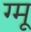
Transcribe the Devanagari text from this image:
ग्‍मू